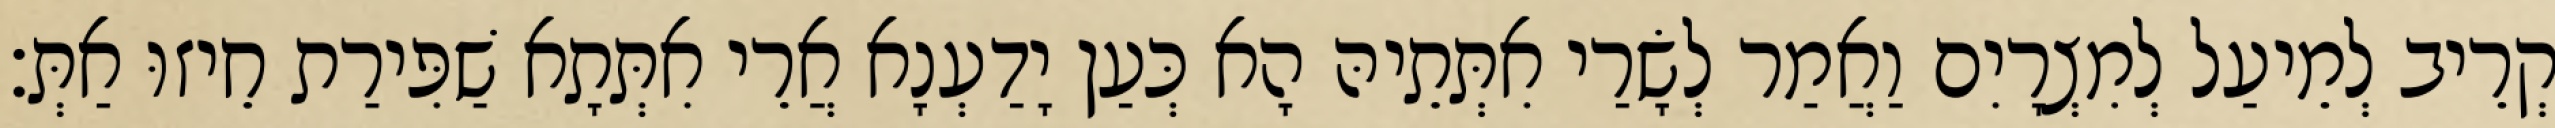
קְרֵיב לְמֵיעַל לְמִצְרָיִם וַאֲמַר לְשָׂרַי אִתְּתֵיהּ הָא כְּעַן יָדַעְנָא אֲרֵי אִתְּתָא שַׁפִּירַת חֵיזוּ אַתְּ׃